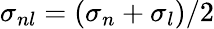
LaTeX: \sigma_{nl}=(\sigma_{n}+\sigma_{l})/2